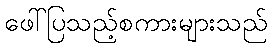
ဖေါ်ပြသည့်စကားများသည်